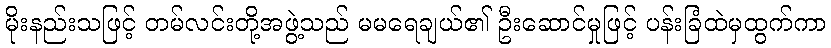
မိုးနည်းသဖြင့် တမ်လင်းတို့အဖွဲ့သည် မမရေချယ်၏ ဦးဆောင်မှုဖြင့် ပန်းခြံထဲမှထွက်ကာ